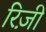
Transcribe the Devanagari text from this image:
रिज़ी